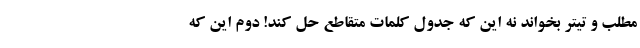
مطلب و تیتر بخواند نه این که جدول کلمات متقاطع حل کند! دوم این که